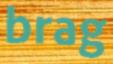
brag